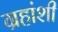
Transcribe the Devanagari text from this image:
ग्रहांशी